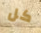
كل